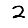
Digit: 2